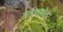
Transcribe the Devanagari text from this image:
महास्त्रोत